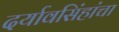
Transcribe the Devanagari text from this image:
दर्यावसिंहांचा